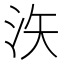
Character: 𪵳